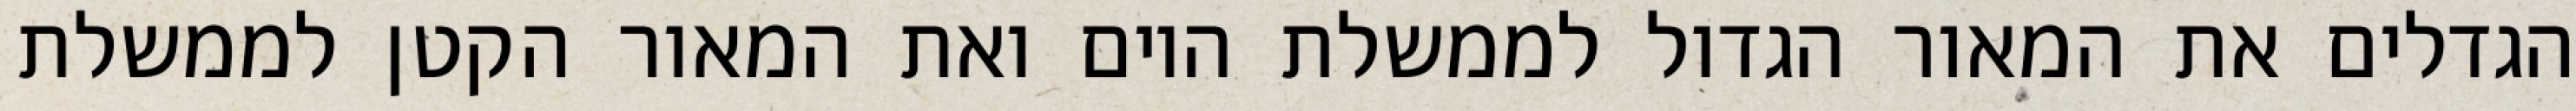
הגדלים את המאור הגדול לממשלת היום ואת המאור הקטן לממשלת